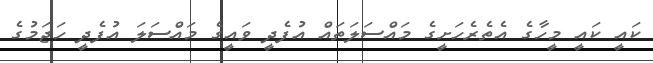
ކައީ ކައީ މީހާގެ އެތެރެހަށީގެ މައްސަލަތައް އުފެދީ ވައީގެ މައްސަލަ އުފެދީ ހަޖަމުގެ